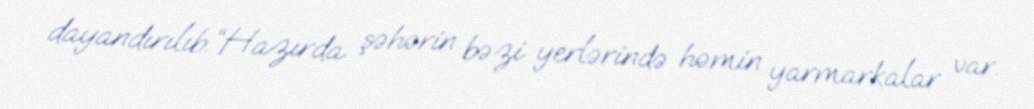
dayandırılıb.“Hazırda şəhərin bəzi yerlərində həmin yarmarkalar var.